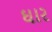
ઘાર